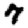
Digit: 7